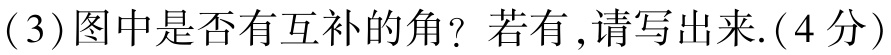
(3)图中是否有互补的角？若有,请写出来.(4分)